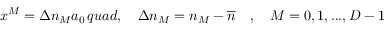
x ^ { M } = \Delta n _ { M } a _ { 0 } \, q u a d , \quad \Delta n _ { M } = n _ { M } - \overline { { n } } \quad , \quad M = 0 , 1 , . . . , D - 1